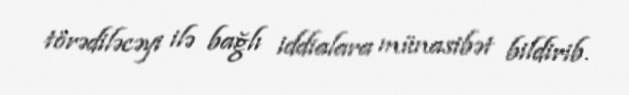
törədiləcəyi ilə bağlı iddialara münasibət bildirib.